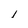
Character: l